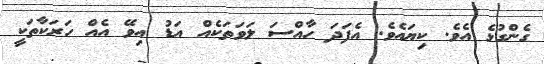
ގެންގުޅެ އެވެ. ކިޔައެވެ. އެފަދަ ހާއްސަ ލަވަތަކެއް އަޑު އިވޭ އެއް ހަރަކާތަކީ